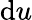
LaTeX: \mathrm{d}u